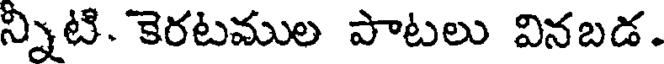
న్నిటి. కెరటముల పాటలు వినబడ.